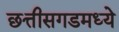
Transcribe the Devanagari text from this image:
छत्तीसगडमध्ये